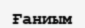
Ғаниым